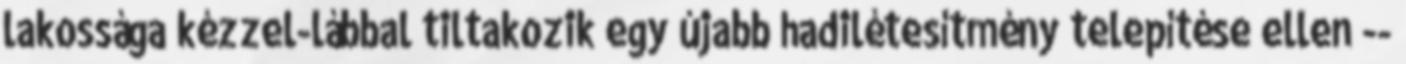
lakossága kézzel-lábbal tiltakozik egy újabb hadilétesítmény telepítése ellen --